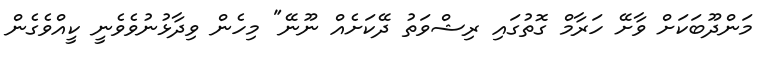
މަންދޫބަކަށް ވާށޭ ހަރާމް ގޮތުގައި ރިޝްވަތު ދޭކަށެއް ނޫނޭ" މިހެން ވިދާޅުނުވެވެނީ ކީއްވެގެން